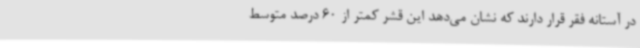
در آستانه فقر قرار دارند که نشان می‌دهد این قشر کمتر از 60 درصد متوسط